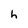
Character: h